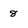
Character: 8